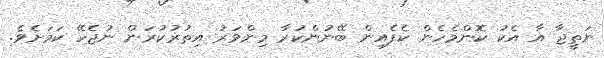
ނަތީޖާ އާ އެކު ކޮންމެހެން ކެފެއިން ބޭނުންކުރާ މިންވަރު އިތުރުކުރަން ނުޖެހޭ ކަމަށެވެ.